Civil Veterinary Dept. Bombay admin report 1900-1906 - 1900-1906
Year: 1900
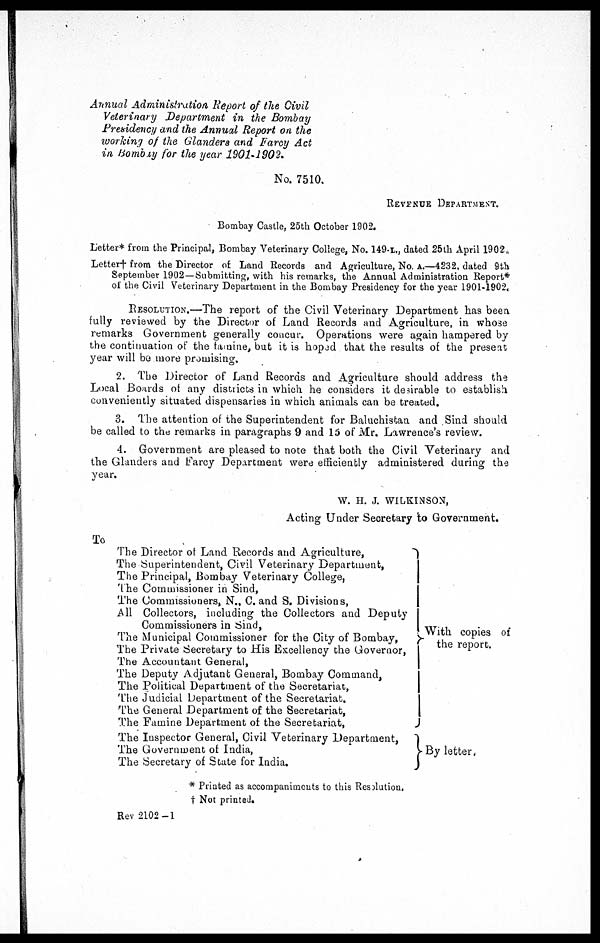
Annual Administration Report of the Civil
Veterinary Department in the Bombay
Presidency and the Annual Report on the
working of the Glanders and Farcy Act
in Bombay for the year 1901-1902.
No. 7510.
REVENUE DEPARTMENT.
Bombay Castle, 25th October 1902.
Letter* from the Principal, Bombay Veterinary College, No. 149-L., dated 25th April 1902.
Letter† from the Director of Land Records and Agriculture, No. A.—4232, dated 9th
September 1902—Submitting, with his remarks, the Annual Administration Report*
of the Civil Veterinary Department in the Bombay Presidency for the year 1901-1902.
RESOLUTION.—The report of the Civil Veterinary Department has been
fully reviewed by the Director of Land Records and Agriculture, in whose
remarks Government generally concur. Operations were again hampered by
the continuation of the famine, but it is hoped that the results of the present
year will be more promising.
2. The Director of Land Records and Agriculture should address the
Local Boards of any districts in which he considers it desirable to establish
conveniently situated dispensaries in which animals can be treated.
3. The attention of the Superintendent for Baluchistan and Sind should
be called to the remarks in paragraphs 9 and 15 of Mr. Lawrence's review.
4. Government are pleased to note that both the Civil Veterinary and
the Glanders and Farcy Department were efficiently administered during the
year.
W. H. J. WILKINSON,
Acting Under Secretary to Government.
To
The Director of Land Records and Agriculture,
The Superintendent, Civil Veterinary Department,
The Principal, Bombay Veterinary College,
The Commissioner in Sind,
The Commissioners, N., C. and S. Divisions,
All Collectors, including the Collectors and Deputy
Commissioners in Sind,
The Municipal Commissioner for the City of Bombay,
The Private Secretary to His Excellency the Governor,
The Accountant General,
The Deputy Adjutant General, Bombay Command,
The Political Department of the Secretariat,
The Judicial Department of the Secretariat.
The General Department of the Secretariat,
The Famine Department of the Secretariat,
The Inspector General, Civil Veterinary Department,
The Government of India,
The Secretary of State for India.
With copies of
the report.
By letter.
* Printed as accompaniments to this Resolution,
† Not printed.
Rev 2102 -1